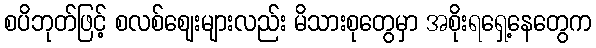
စပိဘုတ်ဖြင့် စလစ်ဈေးများလည်း မိသားစုတွေမှာ အစိုးရရှေ့နေတွေက